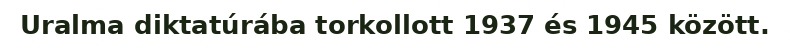
Uralma diktatúrába torkollott 1937 és 1945 között.